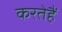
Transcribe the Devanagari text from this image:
करतेहैं